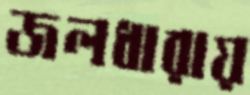
জলধারায়